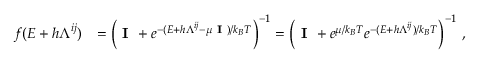
\begin{array} { r l } { f ( \boldsymbol { E } + h \boldsymbol { \Lambda } ^ { i j } ) } & { = \left( \textbf { I } + e ^ { - ( \boldsymbol { E } + h \boldsymbol { \Lambda } ^ { i j } - \mu \textbf { I } ) / k _ { B } T } \right) ^ { - 1 } = \left( \textbf { I } + e ^ { \mu / k _ { B } T } e ^ { - ( \boldsymbol { E } + h \boldsymbol { \Lambda } ^ { i j } ) / k _ { B } T } \right) ^ { - 1 } \, , } \end{array}